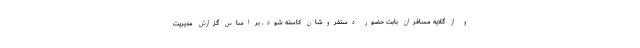
و از گلایه مسافران بابت حضور دستفروشان کاسته شود. بر اساس گزارش مدیریت